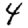
Digit: 4